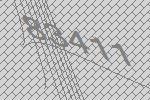
83411